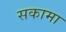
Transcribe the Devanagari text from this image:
सकामा